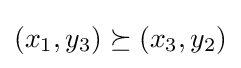
(x_{1},y_{3})\succeq (x_{3},y_{2})